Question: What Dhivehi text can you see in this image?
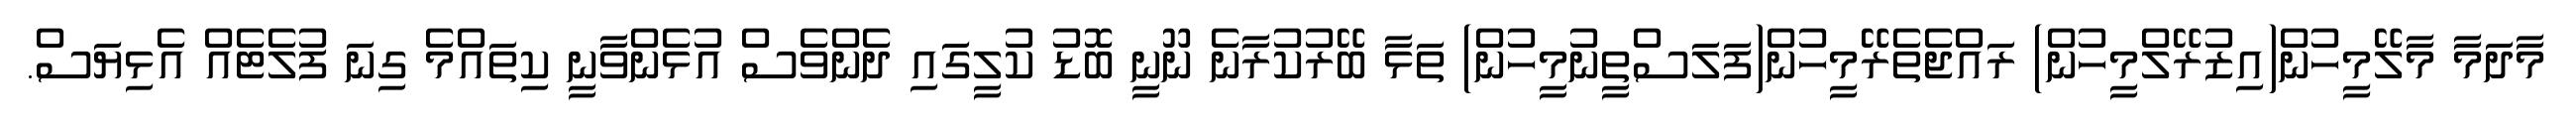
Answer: މާދަމާ މާލޭމީހުން(އިޒުރޭލްމީހުން) ރައްޖެތެރޭމީހުން(ފަލަސްތީނުމީހުން) ތަޅާ ބޭރުކުރާނެ ނޫނީ ބޮޑު ކުލީގައި ދެންވެސް އުޅެންވާނީ ކިތައްމެ ގިނަ ފުލެޓެއް އެޅިޔަސް.